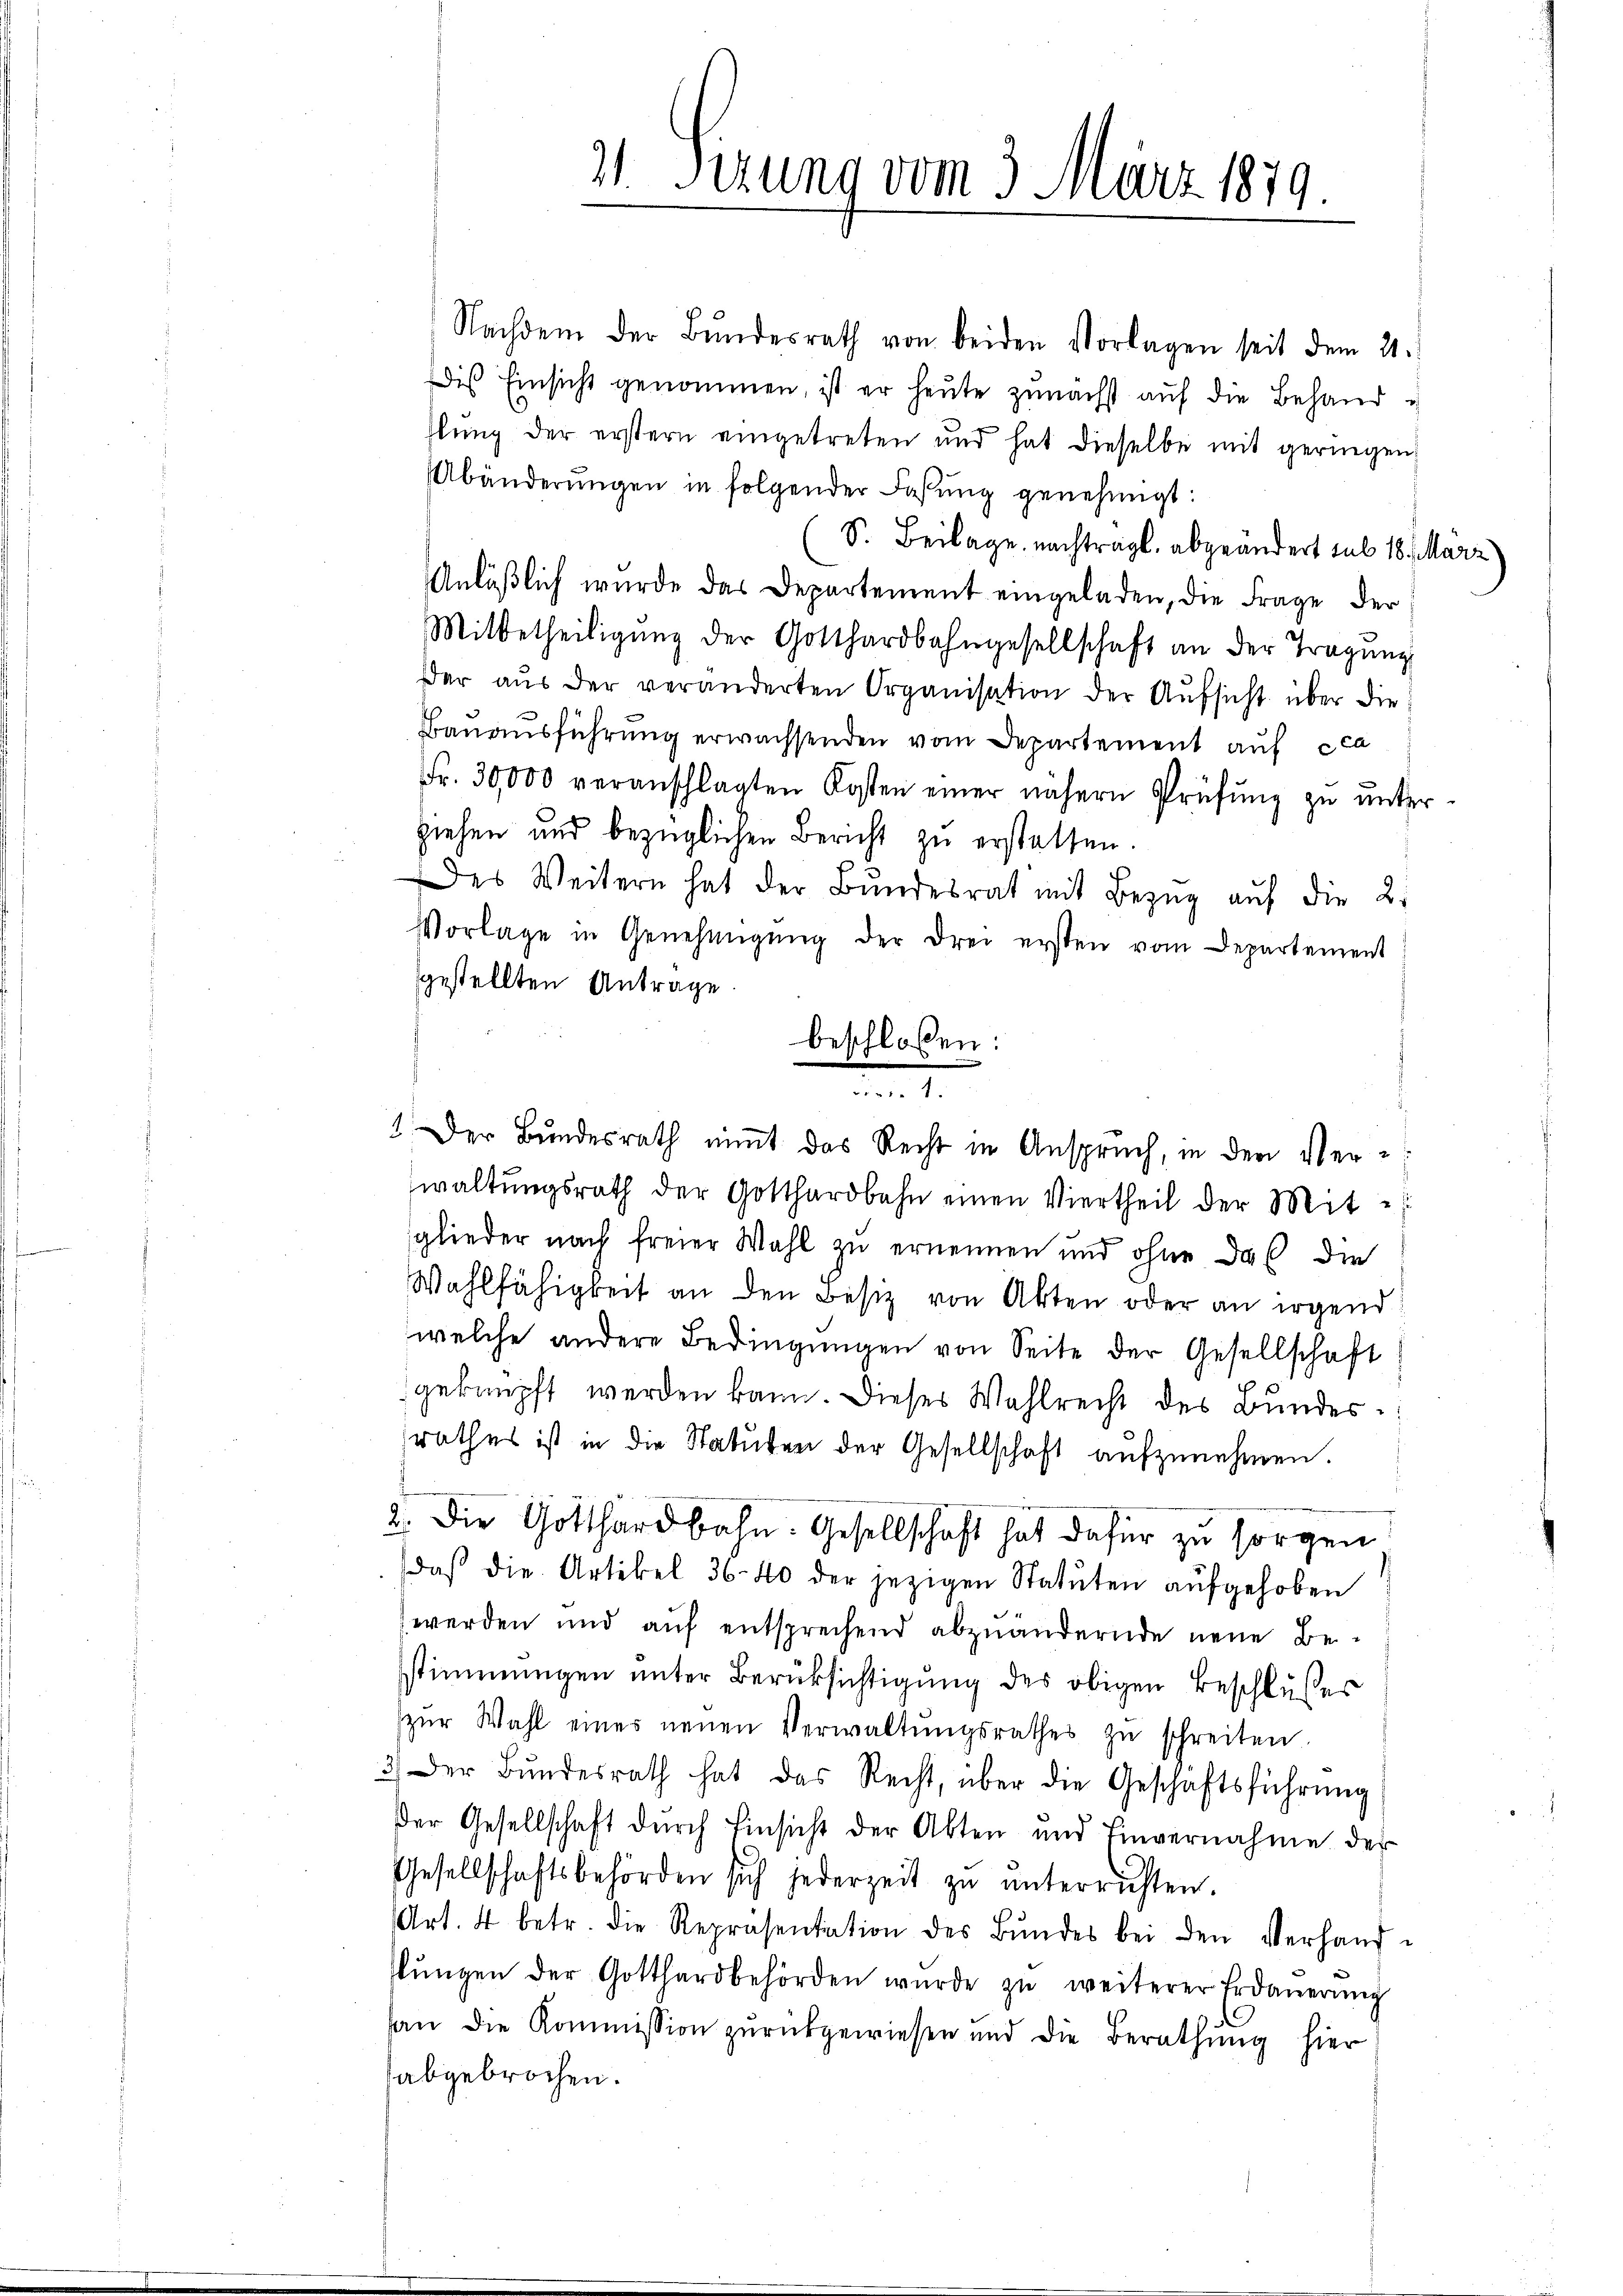
Nachdem der Bŭndesrath von beiden Vorlagen seit dem 21.
Dis Einsicht genommen, ist er heŭte zunächst aŭf die Behand-
hlŭng der erstern eingetreten und hat dieselbe mit geringen,
Abänderŭngen in folgender Fassung genehmigt:
(S. Beilage nachtragt, abgeändert sub 18. Marz)
Anläβlich wurde das Departement eingeladen, die Frage der
Mitbetheiligŭng der Gotthardbahngesellschaft an der Tragŭng
der aus der veränderten Organisation der Aufsicht über die
Bauausführŭng erwachsenden vom Departement aŭf cca
Fr. 30,000 veranschlagten Kosten einer nähern Prüfŭng zu unter-
ziehen und bezüglichen Bericht zu erstatten.
Des Weitern hat der Bŭndesrat mit Bezŭg aŭf die 2.
Vorlage in Genehmigŭng der drei ersten vom Departement
sgestellten Antrage
waltŭngsrath der Gotthardbahn einen Viertheil der Mit-
sglieder nach freier Wahl zu ernennen und ohne das die
Wahlfähigkeit an den Besiz von Akten oder an irgend
welche andere Bedingŭngen von Seite der Gesellschaft
geknüpft werden kann. Dieses Wahlrecht des Bundes.
rathes ist in die Statuten der Gesellschaft aufzunehmen.
2. Die Gotthardbahn. Gesellschaft hat dafür zu sorgen
daß die Artikel 36-40 der jezigen Statuten aufgehoben
werden und aŭf entsprechend abzuändernde neue Be-
stimmungen unter Berüksichtigung des obigen Beschlußes
zŭr Wahl eines neŭen Verwaltŭngsrathes zŭ schreiten.
3.) Der Bŭndesrath hat das Recht, über die Geschäftsführŭng
Der Gesellschaft dŭrch Einsicht der Abten und Einvernahme der
Gesellschaftsbehörden sich jederzeit zŭ ŭnterrichten.
Art. 4 betr. die Repräsentation des Bŭndes bei den Verhand-
lŭngen der Gotthard behörden wurde zŭ weiterer Erdaŭerŭng
han die Kommission zurückgewiesen und die Berathŭng hier
abgebrochen.

11. Sizung vom 3. März 1879

beschloßen:
.
 Der Bundesrath nimmt das Recht in Anspruch, in den Ver¬